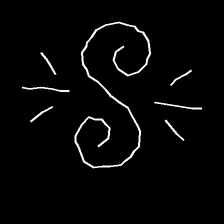
Glyph: wind-directs-air